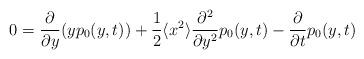
LaTeX: \begin{align*}0=\frac{\partial}{\partial y}(yp_{0}(y,t))+\frac{1}{2}\langle x^{2}\rangle\frac{\partial^{2}}{\partial y^{2}}p_{0}(y,t)-\frac{\partial}{\partial t}p_{0}(y,t)\end{align*}